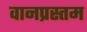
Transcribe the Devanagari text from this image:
वानप्रस्तम